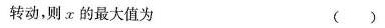
转动，则α的最大值为 ( )